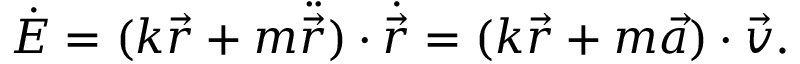
\dot { E } = ( k { \vec { r } } + m \ddot { \vec { r } } ) \cdot \dot { \vec { r } } = ( k { \vec { r } } + m { \vec { a } } ) \cdot \vec { v } .